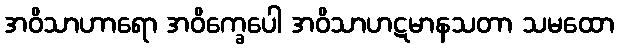
အဝိသာဟာရော အဝိက္ခေပေါ အဝိသာဟဋမာနသတာ သမထော